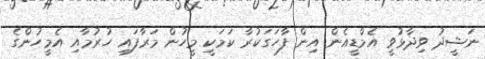
ނަޝީދު ވިދާޅުވީ އެމްޑީއެން އިން ފާހަގަކުރާ ކަމަކީ މީހުން މަރާފައި ހުރުމާއި އެމީހުންގެ